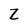
Character: Z